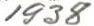
1938